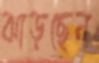
ঝাড়ছেন